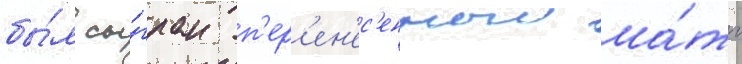
бы́л сы́гран п'ер'ен'ес'енныи ма́тч